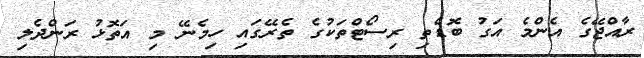
ރާއްޖޭގެ އެންމެ އަގު ބޮޑެތި ރިސޯޓްތަކުގެ ތެރޭގައި ހިމެނޭ މި އަތޮޅު ރަންދެލި